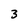
Character: 3